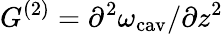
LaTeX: G^{(2)}=\partial^{2}\omega_{\mathrm{cav}}/\partial z^{2}